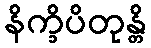
နိက္ခိပိတုန္တိ